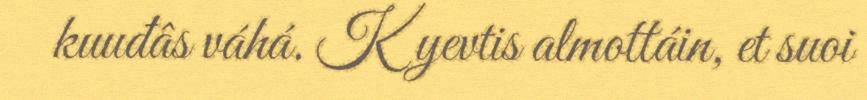
kuuđâs váhá. Kyevtis almottáin, et suoi